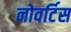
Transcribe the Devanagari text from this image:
नोवर्टिस